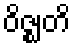
ဝိဇ္ဈတိ